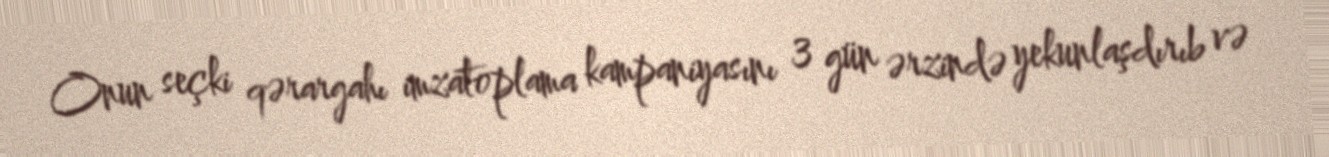
Onun seçki qərargahı imzatoplama kampaniyasını 3 gün ərzində yekunlaşdırıb və